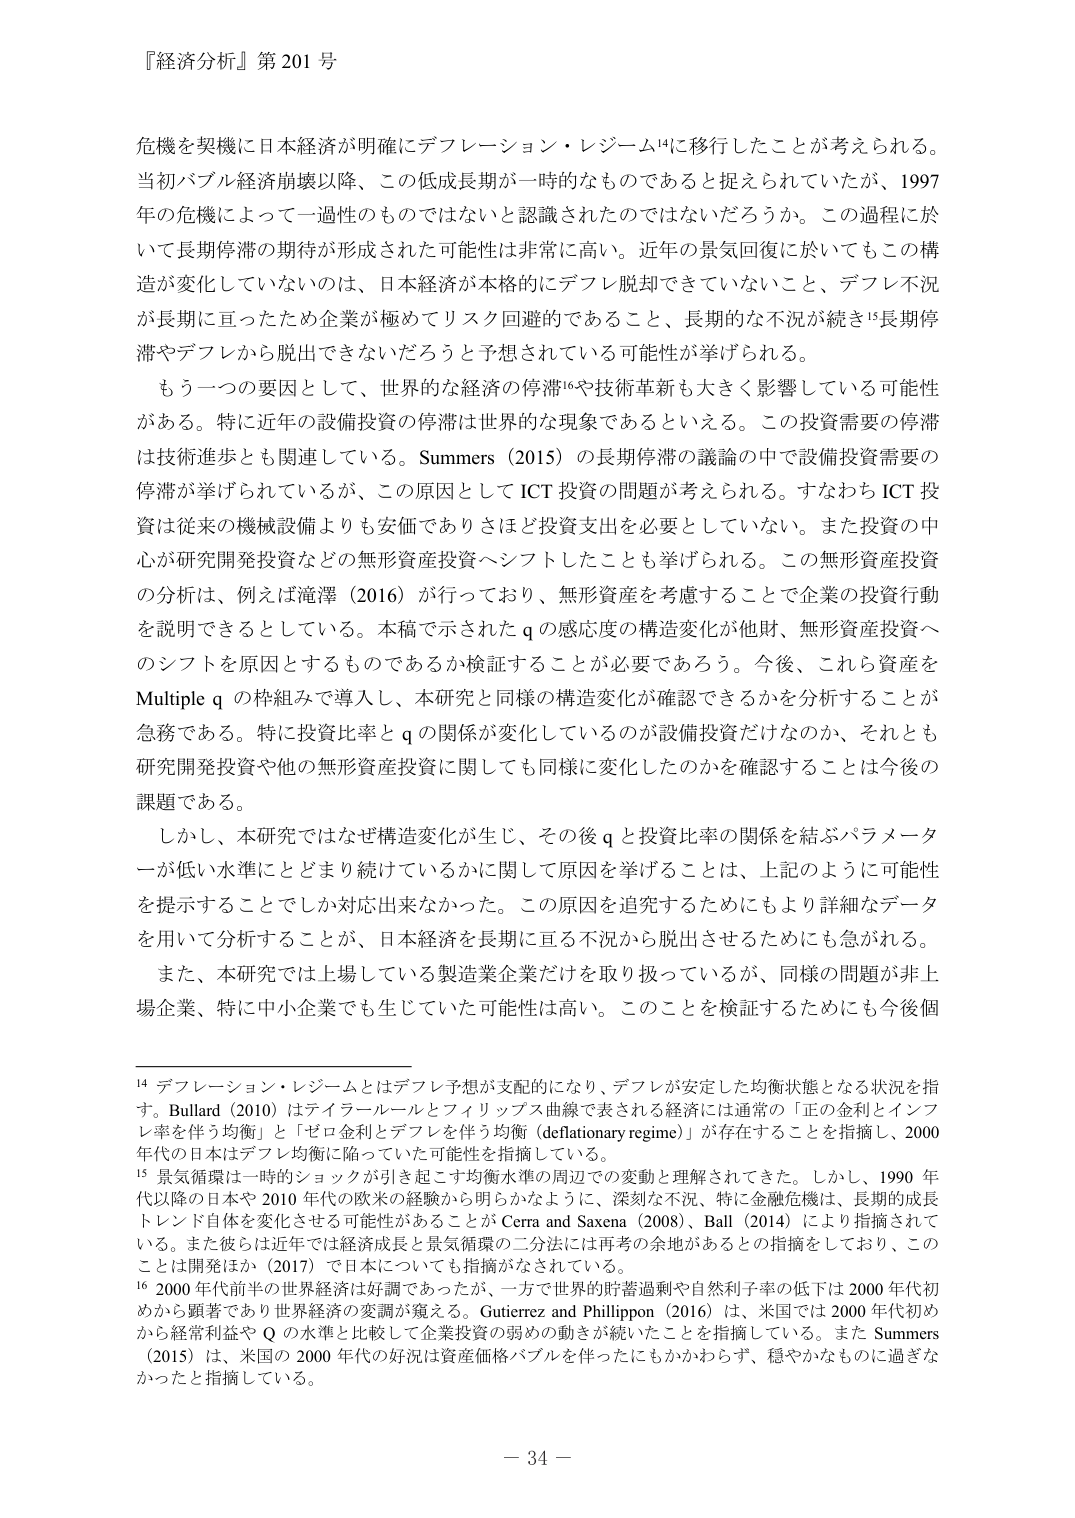
『経済分析』第201号

危機を契機に日本経済が明確にデフレーション・レジームに移行したことが考えられる。当初バブル経済崩壊以降、この低成長期が一時的なものであると捉えられていたが、1997年の危機によって一過性のものではないと認識されたのではないだろうか。この過程に於いて長期停滞の期待が形成された可能性は非常に高い。近年の景気回復に於いてもこの構造が変化していないのは、日本経済が本格的にデフレ脱却できていないこと、デフレ不況が長期に亘ったため企業が極めてリスク回避的であること、長期的な不況が続き長期停滞やデフレから脱出できないだろうと予想されている可能性が挙げられる。

もう一つの要因として、世界的な経済的停滞や技術革新も大きく影響している可能性がある。特に近年の設備投資の停滞は世界的な現象であるといえる。この投資需要の停滞は技術進歩とも関連している。Summers（2015）の長期停滞の議論の中で設備投資需要の停滞が挙げられているが、この原因としてICT投資の問題が考えられる。すなわちICT投資は従来の機械設備よりも安価であり、さほど投資支出を必要としていない。また投資の中心が研究開発投資などの無形資産投資へシフトしたことも挙げられる。この無形資産投資の分析は、例えば滝澤（2016）が行っており、無形資産を考慮することで企業の投資行動を説明できるとしている。本稿で示されたqの感応度の構造変化が他財、無形資産投資へのシフトを原因とするものであるか検証することが必要であろう。今後、これら資産をMultiple qの枠組みで導入し、本研究と同様の構造変化が確認できるかを分析することが急務である。特に投資比率とqの関係が変化しているのが設備投資だけなのか、それとも研究開発投資や他の無形資産投資に関しても同様に変化したのかを確認することは今後の課題である。

しかし、本研究ではなぜ構造変化が生じ、その後qと投資比率の関係を結ぶパラメータが低い水準にとどまり続けているかに関して原因を挙げることは、上記のように可能性を提示することでしか対応出来なかった。この原因を追究するためにもより詳細なデータを用いて分析することが、日本経済を長期に亘る不況から脱出させるためにも急がれる。

また、本研究では上場している製造業企業だけを取り扱っているが、同様の問題が非上場企業、特に中小企業でも生じていた可能性は高い。このことを検証するためにも今後個

14 デフレーション・レジームとはデフレ予想が支配的になり、デフレが安定した均衡状態となる状況を指す。Bullard（2010）はティラーールとフィリップス曲線で表される経済には通常の「正の金利とインフレ率を伴う均衡」と「ゼロ金利とデフレを伴う均衡（deflationary regime）」が存在することを指摘し、2000年代の日本はデフレ均衡に陥っていた可能性を指摘している。

15 景気循環は一時的ショックが引き起こす均衡水準の周辺での変動と理解されてきた。しかし、1990年代以降の日本や2010年代の欧米の経験から明らかなように、深刻な不況、特に金融危機は、長期的成長トレンド自体を変化させる可能性があることがCerra and Saxena（2008）、Ball（2014）により指摘されている。また彼らは近年では経済成長と景気循環の二分法には再考の余地があるとの指摘をしており、このことは開発ほか（2017）で日本についても指摘がなされている。

16 2000年代前半の世界経済は好調であったが、一方で世界的な貯蓄過剰や自然利子率の低下は2000年代初めから顕著であり世界経済の変調が窺える。Gutierrez and Philippon（2016）は、米国では2000年代初めから経常利益やQの水準と比較して企業投資の弱めの動きが続いたことを指摘している。またSummers（2015）は、米国の2000年代の好況は資産価格バブルを伴ったにもかかわらず、穏やかなものに過ぎなかったと指摘している。

－ 34 －